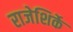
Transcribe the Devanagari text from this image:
राजेशिर्के